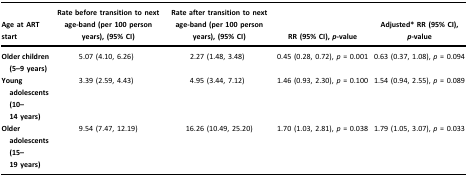
<table><thead><tr><td><b>Age at ART start</b></td><td><b>Rate before transition to next age-band (per 100 person years), (95% CI)</b></td><td><b>Rate after transition to next age-band (per 100 person years), (95% CI)</b></td><td><b>RR (95% CI), <i>p</i>-value</b></td><td><b>Adjusted* RR (95% CI), <i>p</i>-value</b></td></tr></thead><tbody><tr><td><b>Older children</b><b>(5–9 years)</b></td><td>5.07 (4.10, 6.26)</td><td>2.27 (1.48, 3.48)</td><td>0.45 (0.28, 0.72), <i>p</i> = 0.001</td><td>0.63 (0.37, 1.08), <i>p</i> = 0.094</td></tr><tr><td><b>Young adolescents (10–14 years)</b></td><td>3.39 (2.59, 4.43)</td><td>4.95 (3.44, 7.12)</td><td>1.46 (0.93, 2.30), <i>p</i> = 0.100</td><td>1.54 (0.94, 2.55), <i>p</i> = 0.089</td></tr><tr><td><b>Older adolescents</b><b>(15–19 years)</b></td><td>9.54 (7.47, 12.19)</td><td>16.26 (10.49, 25.20)</td><td>1.70 (1.03, 2.81), <i>p</i> = 0.038</td><td>1.79 (1.05, 3.07), <i>p</i> = 0.033</td></tr></tbody></table>